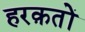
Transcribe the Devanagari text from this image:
हरक़तों